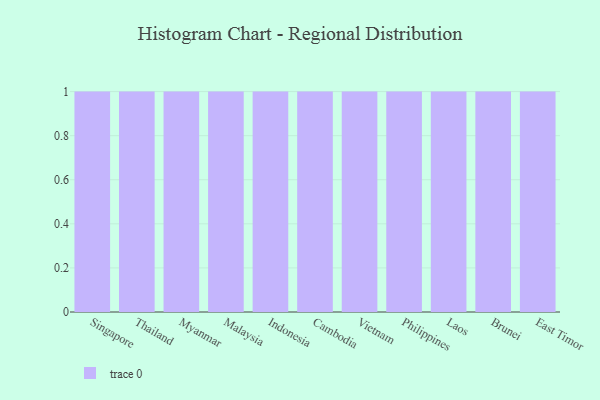
{"axis": {"x": "Country", "y": "Latency (ms)"}, "legend": [""], "data": [{"x": "Singapore", "y": 82, "type": ""}, {"x": "Thailand", "y": 41, "type": ""}, {"x": "Myanmar", "y": 6, "type": ""}, {"x": "Malaysia", "y": 74, "type": ""}, {"x": "Indonesia", "y": 47, "type": ""}, {"x": "Cambodia", "y": 66, "type": ""}, {"x": "Vietnam", "y": 17, "type": ""}, {"x": "Philippines", "y": 23, "type": ""}, {"x": "Laos", "y": 65, "type": ""}, {"x": "Brunei", "y": 61, "type": ""}, {"x": "East Timor", "y": 95, "type": ""}]}